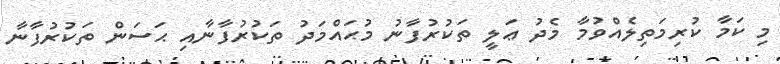
މި ކަމާ ކުރިމަތިލެއްވުމާ މެދު ޢަލީ ތަކުރުފާނު މުޙައްމަދު ތަކުރުފާނާއި ޙަސަން ތަކުރުފާނާ